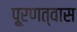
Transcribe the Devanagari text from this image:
पू्रणत्वास